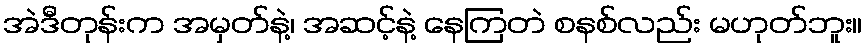
အဲဒီတုန်းက အမှတ်နဲ့၊ အဆင့်နဲ့ နေကြတဲ စနစ်လည်း မဟုတ်ဘူး။